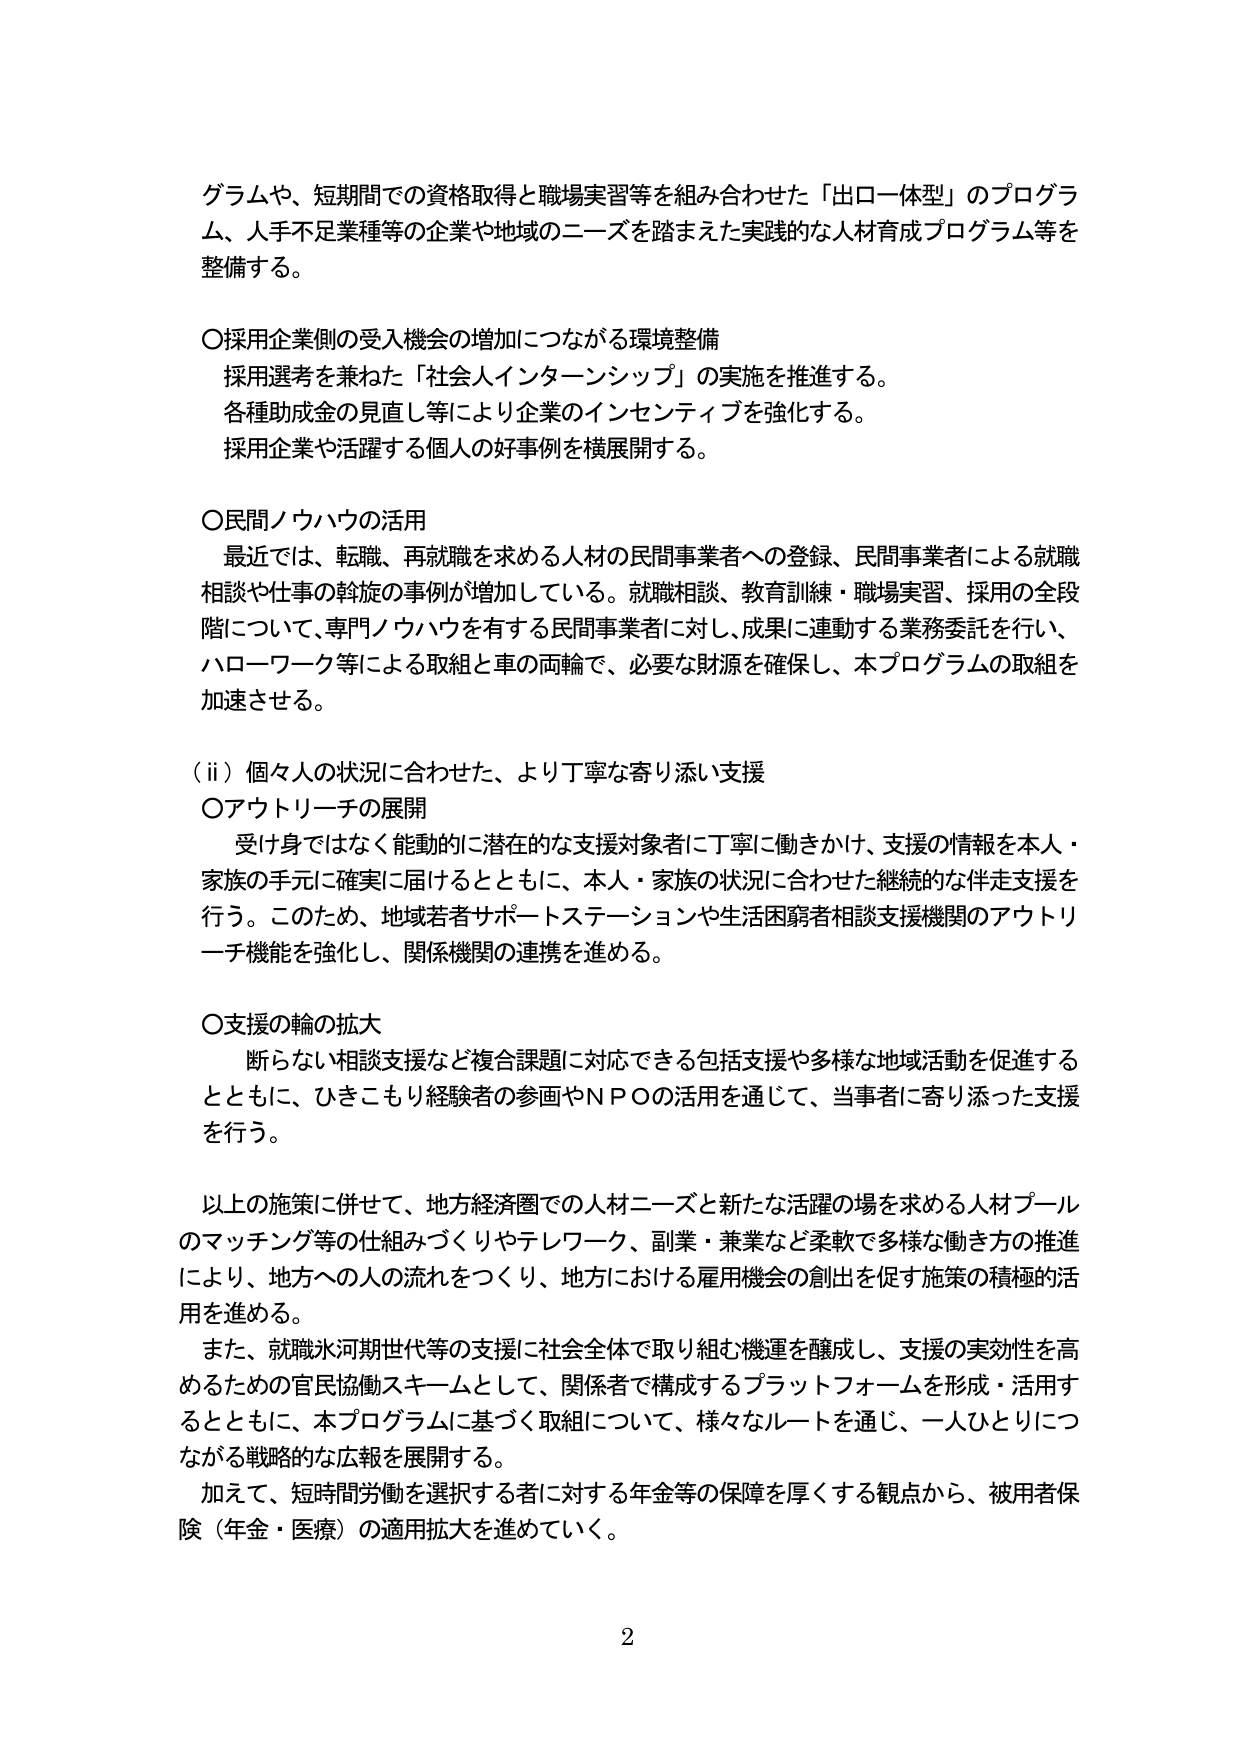
グラムや、短期間での資格取得と職場実習等を組み合わせた「出ロ一体型」のプログラム、人手不足業種等の企業や地域のニーズを踏まえた実践的な人材育成プログラム等を整備する。

〇採用企業側の受入機会の増加につながる環境整備
　採用選考を兼ねた「社会人インターンシップ」の実施を推進する。
　各種助成金の見直し等により企業のインセンティブを強化する。
　採用企業や活躍する個人の好事例を横展開する。

〇民間ノウハウの活用
　最近では、転職、再就職を求める人材の民間事業者への登録、民間事業者による就職相談や仕事の斡旋の事例が増加している。就職相談、教育訓練・職場実習、採用の全段階について、専門ノウハウを有する民間事業者に対し、成果に連動する業務委託を行い、ハローワーク等による取組と車の両輪で、必要な財源を確保し、本プログラムの取組を加速させる。

（ⅱ）個々人の状況に合わせた、より丁寧な寄り添い支援
〇アウトリーチの展開
　受け身ではなく能動的に潜在的な支援対象者に丁寧に働きかけ、支援の情報を本人・家族の手元に確実に届けるとともに、本人・家族の状況に合わせた継続的な伴走支援を行う。このため、地域若者サポートステーションや生活困窮者相談支援機関のアウトリーチ機能を強化し、関係機関の連携を進める。

〇支援の輪の拡大
　断らない相談支援など複合課題に対応できる包括支援や多様な地域活動を促進するとともに、ひきこもり経験者の参画やNPOの活用を通じて、当事者に寄り添った支援を行う。

　以上の施策に併せて、地方経済圏での人材ニーズと新たな活躍の場を求める人材プールのマッチング等の仕組みづくりやテレワーク、副業・兼業など柔軟で多様な働き方の推進により、地方への人の流れをつくり、地方における雇用機会の創出を促す施策の積極的活用を進める。
　また、就職氷河期世代等の支援に社会全体で取り組む機運を醸成し、支援の実効性を高めるための官民協働スキームとして、関係者で構成するプラットフォームを形成・活用するとともに、本プログラムに基づく取組について、様々なルートを通じ、一人ひとりにつながる戦略的な広報を展開する。
　加えて、短時間労働を選択する者に対する年金等の保障を厚くする観点から、被用者保険（年金・医療）の適用拡大を進めていく。

2